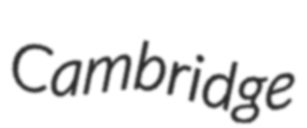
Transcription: Cambridge